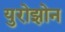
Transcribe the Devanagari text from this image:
युरोझोन